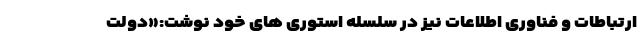
ارتباطات و فناوری اطلاعات نیز در سلسله استوری های خود نوشت:«دولت